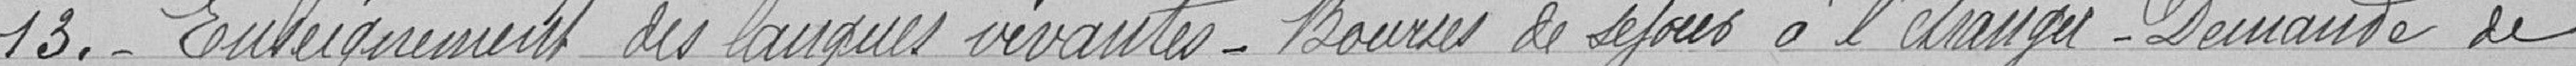
13. - Enseignement de langues vivantes - Bourses de séjour à l'étranger - Demande de